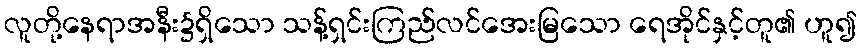
လူတို့နေရာအနီး၌ရှိသော သန့်ရှင်းကြည်လင်အေးမြသော ရေအိုင်နှင့်တူ၏ ဟူ၍